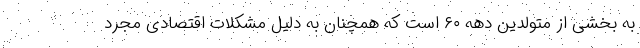
به بخشی از متولدین دهه ۶۰ است که همچنان به دلیل مشکلات اقتصادی مجرد